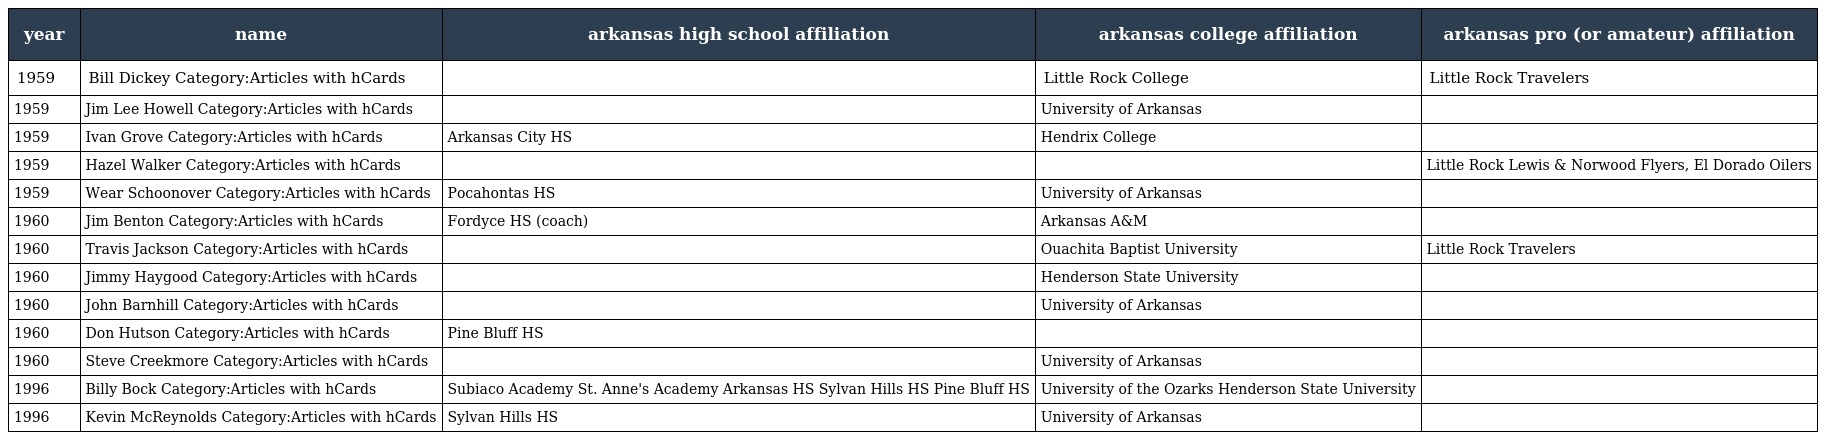
| year | name | arkansas high school affiliation | arkansas college affiliation | arkansas pro (or amateur) affiliation |
 | --- | --- | --- | --- | --- |
 | 1959 | Bill Dickey Category:Articles with hCards |  | Little Rock College | Little Rock Travelers |
 | 1959 | Jim Lee Howell Category:Articles with hCards |  | University of Arkansas |  |
 | 1959 | Ivan Grove Category:Articles with hCards | Arkansas City HS | Hendrix College |  |
 | 1959 | Hazel Walker Category:Articles with hCards |  |  | Little Rock Lewis & Norwood Flyers, El Dorado Oilers |
 | 1959 | Wear Schoonover Category:Articles with hCards | Pocahontas HS | University of Arkansas |  |
 | 1960 | Jim Benton Category:Articles with hCards | Fordyce HS (coach) | Arkansas A&M |  |
 | 1960 | Travis Jackson Category:Articles with hCards |  | Ouachita Baptist University | Little Rock Travelers |
 | 1960 | Jimmy Haygood Category:Articles with hCards |  | Henderson State University |  |
 | 1960 | John Barnhill Category:Articles with hCards |  | University of Arkansas |  |
 | 1960 | Don Hutson Category:Articles with hCards | Pine Bluff HS |  |  |
 | 1960 | Steve Creekmore Category:Articles with hCards |  | University of Arkansas |  |
 | 1996 | Billy Bock Category:Articles with hCards | Subiaco Academy St. Anne's Academy Arkansas HS Sylvan Hills HS Pine Bluff HS | University of the Ozarks Henderson State University |  |
 | 1996 | Kevin McReynolds Category:Articles with hCards | Sylvan Hills HS | University of Arkansas |  |